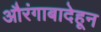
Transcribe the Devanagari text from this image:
औरंगाबादेहून